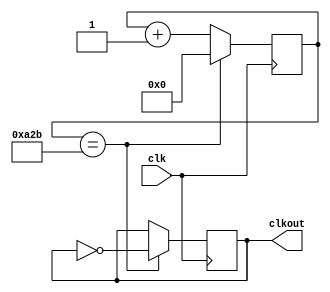
module brcal (clkout,clk);
  input clk;
  output reg clkout = 0;
  reg [11:0] count =0;
  always @ (posedge clk)
  begin
    if 
    (count == 2603)
   begin 
      clkout = ~clkout;
      count =0;
    end
    else
      count = count+1;
    end
endmodule
module uart_trans(tout,clk);
  input clk;
  output reg tout;
  reg [7:0]trout;
  reg  start;
  reg stop;
  reg [1:0]pstate;
  reg [3:0]cnt = 0;
  reg [3:0]addr=0;
  reg [7:0]mem[0:9];
  parameter ideal=2'b00,active=2'b01,trans=2'b10;
  always @ (posedge clk)
  begin
    case (pstate)
     ideal : 
          begin
            start = 1;
            tout = start;
            pstate = active ;
          end
    active : 
           begin
            start = 0;
            tout = start;
            mem[0] = 8'b00000001;
            mem[1] = 8'b00000011;
            mem[2] = 8'b00000111;
            mem[3] = 8'b00001111;
            mem[4] = 8'b00011111;
            mem[5] = 8'b00111111;
            mem[6] = 8'b01111111;
            mem[7] = 8'b11111111;
            mem[8] = 8'b10000000;
            mem[9] = 8'b11000000;
            pstate = trans;
          end
      trans:
           if (addr <=9)
           begin
           trout = mem[addr];
           if(cnt <=8)
             begin
           tout = trout[cnt];
           cnt = cnt +1;
             end
           else
             begin
             cnt=0;
            stop =1;
           tout = stop;
           addr = addr+1;
           pstate = ideal;
             end
           end
           else
             begin
             addr = 0;
             pstate = ideal;
        end
        default:pstate = ideal;
         endcase
end
endmodule 
module uart_memory_rec (rcout,in,clk);
  input clk;
  input in;
  output  reg [7:0]rcout;
  reg [3:0]cnt =0;
  reg start;
  reg stop;
  reg [1:0]pstate;
  reg [8:0]rcoutx;
  reg [3:0]addr=0;
  reg [7:0]mem[0:9];
  parameter ideal = 2'b00,active=2'b01,receive=2'b10;
  always @ (posedge clk)
  begin
    case (pstate)
       ideal : 
          begin
            start = 1;
            pstate = active ;
          end
       active : 
           begin
            start = 0; 
            stop = 0;
            pstate = receive;
          end
      receive: if (cnt <=8)
           begin
           rcoutx[cnt] =in;
           rcout=rcoutx[8:1];
           cnt = cnt+1;
           end
           else
             begin
             cnt = 0;
             stop = 1;
             if(addr <=9)
               begin
               mem[addr]=rcout;
               addr=addr+1;
               pstate=ideal;
                end
            else
              begin
               addr =0;
             pstate = ideal;
              end
        end
        default:pstate = ideal;
         endcase  
end
endmodule
module uart_tranrec_mem(out,clk);
  input clk;
  output [7:0]out;
  wire wr,clk1;
  brcal ss1(.clkout(clk1),.clk(clk));
  uart_trans ss2(.tout(wr),.clk(clk1));
  uart_memory_rec ss3 (.rcout(out),.in(wr),.clk(clk1));
 endmodule